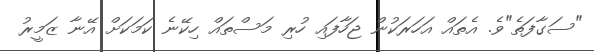
"ސަގާފަތެ"ވެ. އެތައް އަހަރަކުން ޖަހާފައި ހުރި މަސްތައް ހިކޭނެ ކަމަކަށް އޭނާ ޒަމީރު